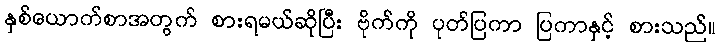
နှစ်ယောက်စာအတွက် စားရမယ်ဆိုပြီး ဗိုက်ကို ပုတ်ပြကာ ပြကာနှင့် စားသည်။